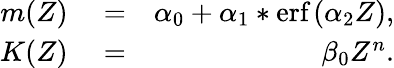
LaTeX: \begin{array}{rlr}{m(Z)}&{{}=}&{\alpha_{0}+\alpha_{1}*\textrm{erf}\left(\alpha_{2}Z\right),}\\ {K(Z)}&{{}=}&{\beta_{0}Z^{n}.}\end{array}